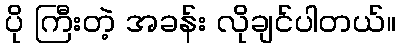
ပို ကြီးတဲ့ အခန်း လိုချင်ပါတယ်။